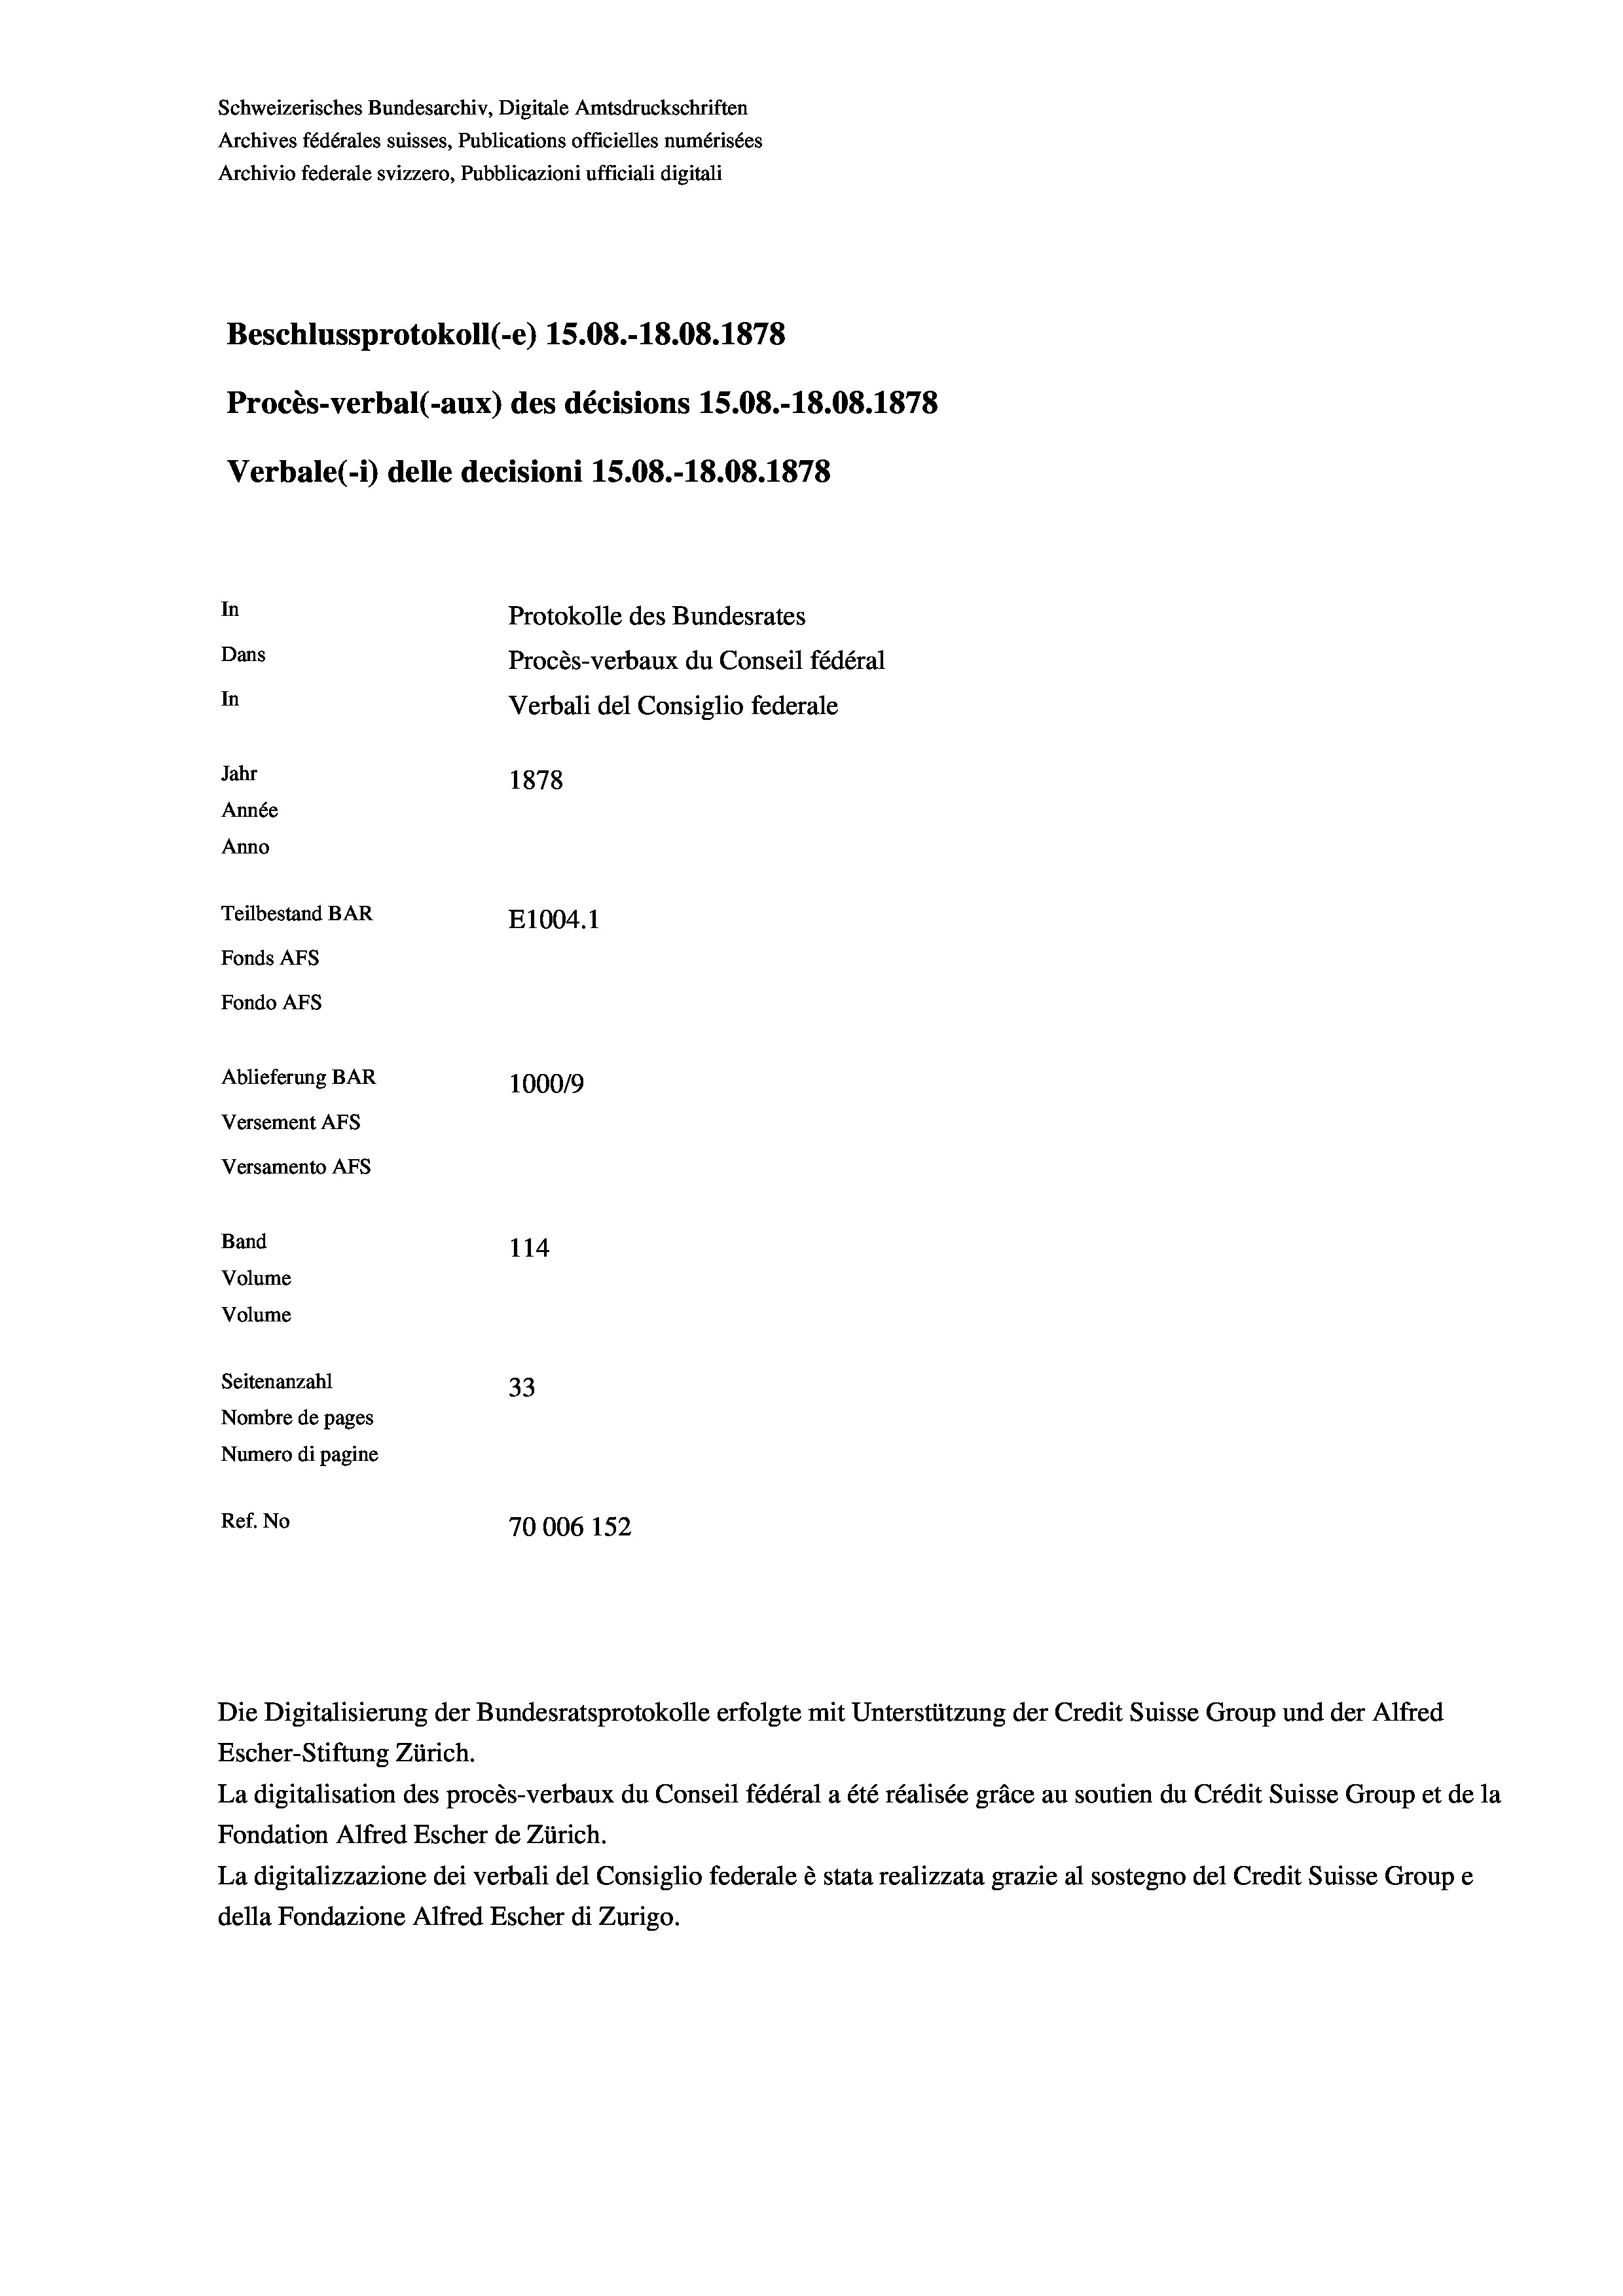
Schweizerisches Bundesarchiv, Digitale Amtsdruckschriften
Archives fédérales suisses, Publications officielles numérisées
Archivio federale svizzero, Pubblicazioni ufficiali digitali
Beschlussprotokoll (-e) 15.08.-18.08. 1878
Procès-verbal (-aux) des décisions 15.08.-18.08. 1878
Verbale (1) delle decisioni 15.08.-18.08. 1878
In
Protokolle des Bundesrates
Dans
Procès-verbaux du Conseil fédéral
In
Verbali del Consiglio federale
Jahr
1878
Année
Anno
Teilbestand BAR
E1004. 1
Fonds AFs
Fondo Afs
Ablieferung BAR
100019
Versement AFs
Versamento AFS
Band
114
Volume
Volume

Seitenanzahl
33
Nombre de pages
Numero di pagine
Ref. No
70006 152

Escher-Stiftung Zürich.
La digitalisation des procès-verbaux du Conseil fédéral a été réalisée gräce au soutien du Crédit Suisse Group et de la
Fondation Alfred Escher de Zürich.
La digitalizzazione dei verbali del Consiglio federale è stata realizzata grazie al sostegno del Credit Suisse Groupe
della Fondazione Alfred Escher di Zurigo.

Die Digitalisierung der Bundesratsprotokolle erfolgte mit Unterstützung der Credit Suisse Group und der Alfred